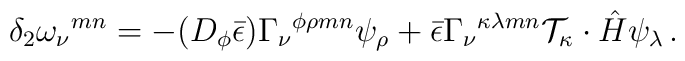
\delta_2 \omega_\nu{}^{mn} = - (D_\phi\bar\epsilon)\Gamma_\nu{}^{\phi\rho mn}\psi_\rho + \bar\epsilon\Gamma_\nu{}^{\kappa\lambda mn} {\cal T}_\kappa\cdot \hat H\psi_\lambda\, .